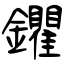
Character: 鑺